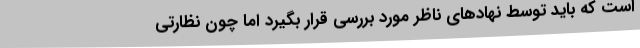
است که باید توسط نهادهای ناظر مورد بررسی قرار بگیرد اما چون نظارتی